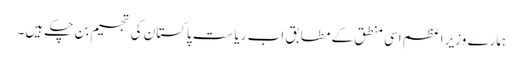
ہمارے وزیر اعظم اسی منطق کے مطابق اب ریاستِ پاکستان کی تجسیم بن چکے ہیں۔